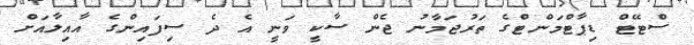
ސްޓޭޓް ޑިޕާޓްމަންޓްގެ ތަރުޖަމާނު ޖެން ސާކީ ވަނީ އެ ދެ ސިފައިންގެ އާއިލާއަށް